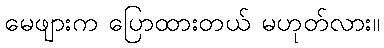
မေဖျားက ပြောထားတယ် မဟုတ်လား။